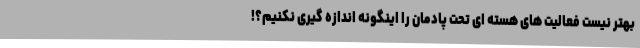
بهتر نیست فعالیت های هسته ای تحت پادمان را اینگونه اندازه گیری نکنیم؟!